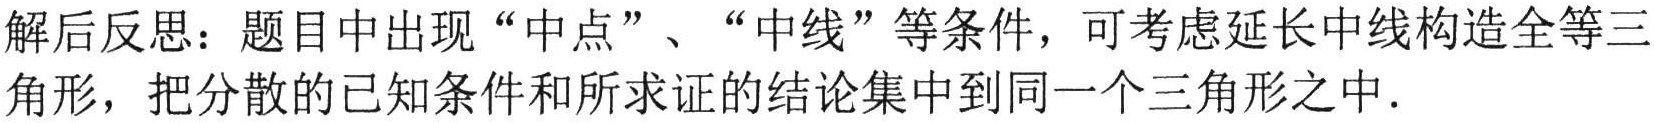
解后反思：题目中出现“中点”、“中线”等条件，可考虑延长中线构造全等三角形，把分散的已知条件和所求证的结论集中到同一个三角形之中.